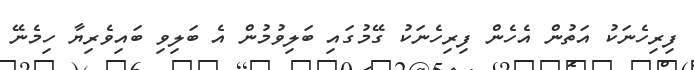
ފިރިހެނަކު އަތުން އެހެން ފިރިހެނަކު ގޭމުގައި ބަލިވުމުން އެ ބަލިވި ބައިވެރިޔާ ހިމެނޭ